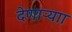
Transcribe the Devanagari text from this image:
देणाऱ्याा